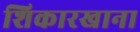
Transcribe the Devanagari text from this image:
शिकारखाना